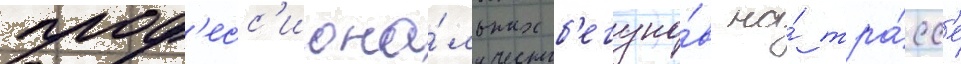
проф'есс'иона́льных б'егуно́в на́ тра́сс'е